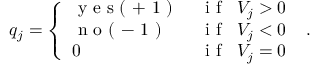
q _ { j } = \left\{ \begin{array} { l l } { \mathrm { ~ y ~ e ~ s ~ ( ~ + ~ 1 ~ ) ~ } \, } & { \mathrm { ~ i ~ f ~ } \; \; V _ { j } > 0 } \\ { \mathrm { ~ n ~ o ~ ( ~ - ~ 1 ~ ) ~ } \, } & { \mathrm { ~ i ~ f ~ } \; \; V _ { j } < 0 } \\ { 0 \, } & { \mathrm { ~ i ~ f ~ } \; \; V _ { j } = 0 \, } \end{array} \right. \, .